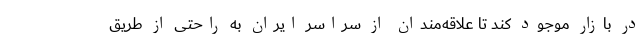
در بازار موجود کند تا علاقه‌مندان از سراسر ایران به راحتی از طریق